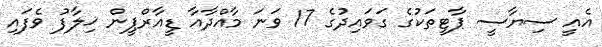
އެއީ ސިޔާސީ ޕާޓީތަކުގެ ގަވައިދުގެ 17 ވަނަ މާއްދާއާ ޑީއާރްޕީން ޚިލާފު ވެފައި